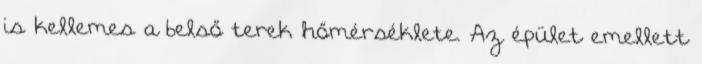
is kellemes a belső terek hőmérséklete. Az épület emellett